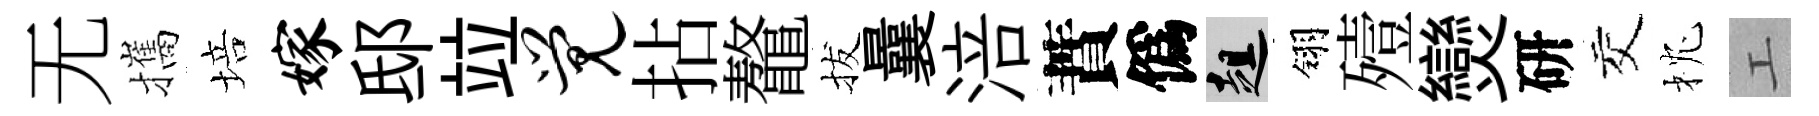
无攜培嫁邸竝觉拈鼇拔曩涪蕡僞趄翎殪𤓖研交枕工